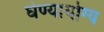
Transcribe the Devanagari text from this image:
घेण्यायोग्य